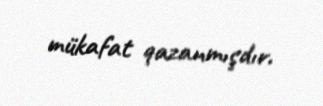
mükafat qazanmışdır.